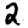
Digit: 2